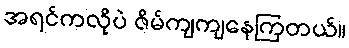
အရင်ကလိုပဲ ဇိမ်ကျကျနေကြတယ်။